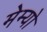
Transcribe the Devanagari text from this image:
मेम्यो